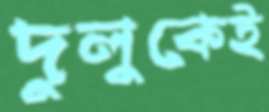
দুলুকেই